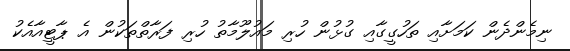
ނިމެންދެން ކަމަށާއި ތަހުގީގާއި ގުޅުން ހުރި މައުލޫމާތު ހުރި ފަރާތްތަކުން އެ ޕާޓީއާއެކު